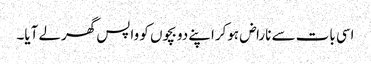
اسی بات سے ناراض ہوکراپنے دو بچوں کو واپس گھرلے آیا۔